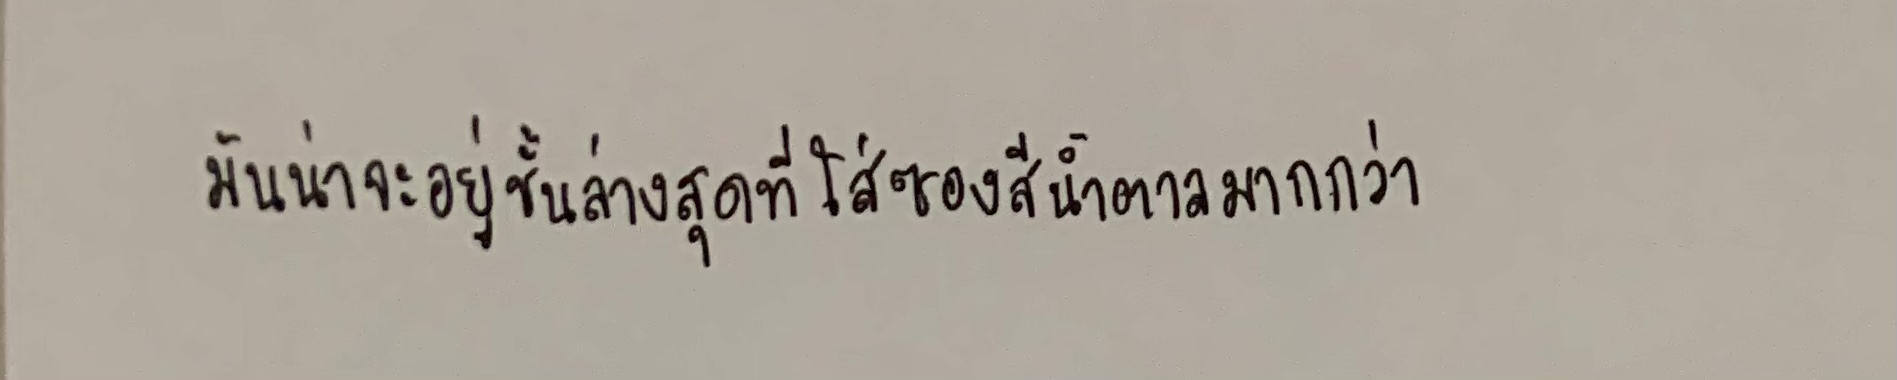
มันน่าจะอยู่ชั้นล่างสุดที่ใส่ซองสีน้ำตาลมากกว่า